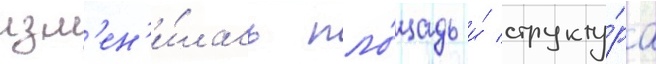
изм'ен'и́лась пло́щадь и́ структу́ра